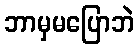
ဘာမှမပြောဘဲ